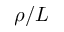
\rho / L